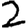
Digit: 2